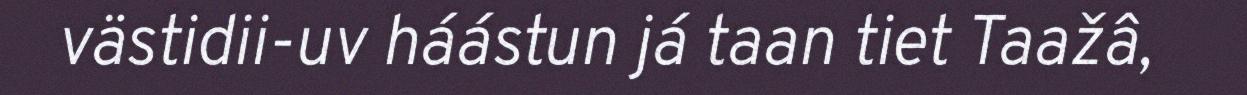
västidii-uv háástun já taan tiet Taažâ,